Indian journal of veterinary science and animal husbandry - Volume 6,
Year: 1936
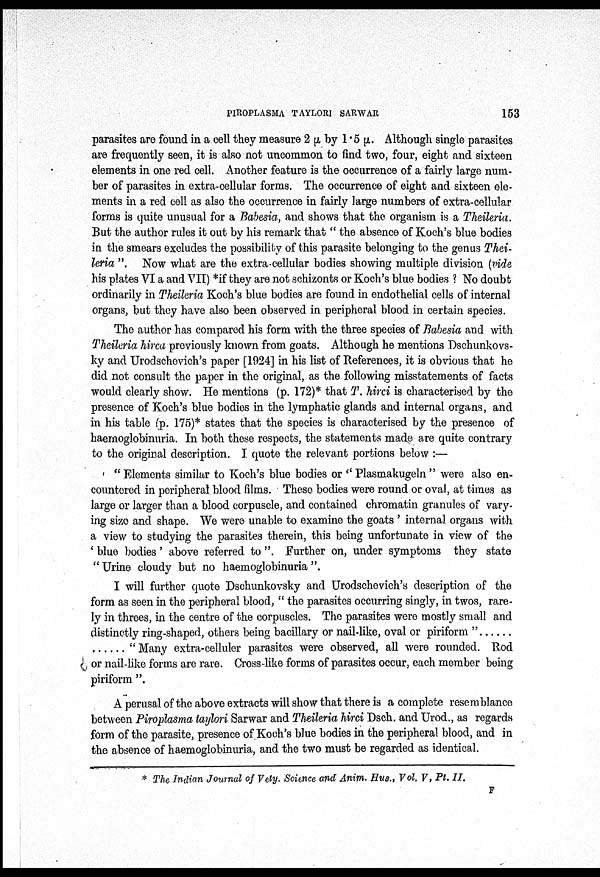
PIROPLASMA TAYLORI SARWAR
153
parasites are found in a cell they measure 2 µ by 1.5 µ. Although single parasites
are frequently seen, it is also not uncommon to find two, four, eight and sixteen
elements in one red cell. Another feature is the occurrence of a fairly large num-
ber of parasites in extra-cellular forms. The occurrence of eight and sixteen ele-
ments in a red cell as also the occurrence in fairly large numbers of extra-cellular
forms is quite unusual for a Babesia, and shows that the organism is a Theileria.
But the author rules it out by his remark that " the absence of Koch's blue bodies
in the smears excludes the possibility of this parasite belonging to the genus Thei-
leria ". Now what are the extra-cellular bodies showing multiple division (vide
his plates VI a and VII) *if they are not schizonts or Koch's blue bodies ? No doubt
ordinarily in Theileria Koch's blue bodies are found in endothelial cells of internal
organs, but they have also been observed in peripheral blood in certain species.
The author has compared his form with the three species of Babesia and with
Theileria hirca previously known from goats. Although he mentions Dschunkovs¬
ky and Urodschevich's paper [1924] in his list of References, it is obvious that he
did not consult the paper in the original, as the following misstatements of facts
would clearly show. He mentions (p. 172)* that T. hirci is characterised by the
presence of Koch's blue bodies in the lymphatic glands and internal organs, and
in his table (p. 175)* states that the species is characterised by the presence of
haemoglobinuria. In both these respects, the statements made are quite contrary
to the original description. I quote the relevant portions below :—
" Elements similar to Koch's blue bodies or " Plasmakugeln " were also en-
countered in peripheral blood films. These bodies were round or oval, at times as
large or larger than a blood corpuscle, and contained chromatin granules of vary-
ing size and shape. We were unable to examine the goats ' internal organs with
a view to studying the parasites therein, this being unfortunate in view of the
' blue bodies' above referred to ". Further on, under symptoms they state
" Urine cloudy but no haemoglobinuria ".
I will further quote Dschunkovsky and Urodschevich's description of the
form as seen in the peripheral blood, " the parasites occurring singly, in twos, rare-
ly in threes, in the centre of the corpuscles. The parasites were mostly small and
distinctly ring-shaped, others being bacillary or nail-like, oval or piriform ". . . . . .
. . . . . . " Many extra-celluler parasites were observed, all were rounded. Rod
or nail-like forms are rare. Cross-like forms of parasites occur, each member being
piriform ".
A perusal of the above extracts will show that there is a complete resemblance
between Piroplasma taylori Sarwar and Theileria hirci Dsch. and Urod., as regards
form of the parasite, presence of Koch's blue bodies in the peripheral blood, and in
the absence of haemoglobinuria, and the two must be regarded as identical.
* The Indian Journal of Vety. Science and Anim. Hus., Vol. V, Pt. II.
F